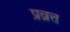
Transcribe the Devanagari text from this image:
प्रव्रूत्त